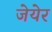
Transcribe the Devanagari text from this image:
जेयेर